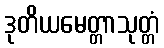
ဒုတိယမေတ္တာသုတ္တံ